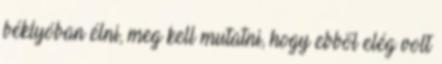
béklyóban élni, meg kell mutatni, hogy ebből elég volt